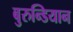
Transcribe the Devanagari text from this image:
बुरुन्डियान